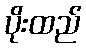
ပိုးထည်